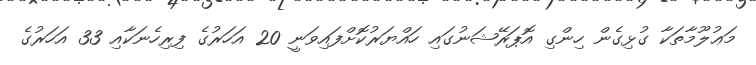
މަޢުލޫމާތަކާ ގުޅިގެން ހިންގި އޮޕަރޭޝަނުގައި ހައްޔަރުކޮށްފައިވަނީ 20 އަހަރުގެ ފިރިހެނަކާއި 33 އަހަރުގެ